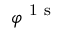
\varphi ^ { \mathrm { ~ 1 ~ s ~ } }